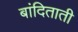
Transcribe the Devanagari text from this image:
बांदिताती